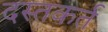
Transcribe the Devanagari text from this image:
दस्तकर्त